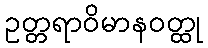
ဥတ္တရာဝိမာနဝတ္ထု